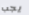
يجب